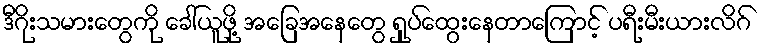
ဒီဂိုးသမားတွေကို ခေါ်ယူဖို့ အခြေအနေတွေ ရှုပ်ထွေးနေတာကြောင့် ပရီးမီးယားလိဂ်